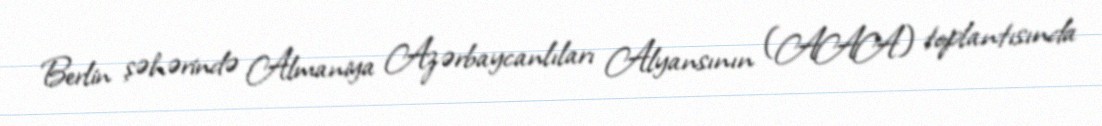
Berlin şəhərində Almaniya Azərbaycanlıları Alyansının (AAA) toplantısında